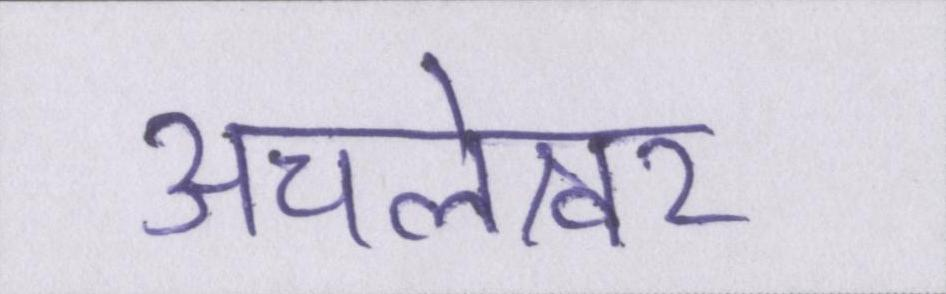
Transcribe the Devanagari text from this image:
अचलेश्वर